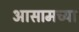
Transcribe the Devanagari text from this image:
अासामच्या